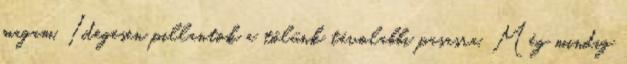
magam. Idegesen pillantok a tőlünk távolabbi pasasra. Még mindig